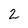
Character: 2